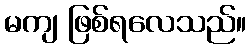
မကျ ဖြစ်ရလေသည်။